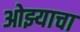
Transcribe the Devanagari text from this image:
ओझ्याचा